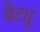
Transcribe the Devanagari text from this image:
बैट्यु